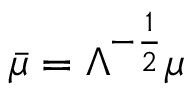
\bar { \mu } = \Lambda ^ { - \frac { 1 } { 2 } } \mu